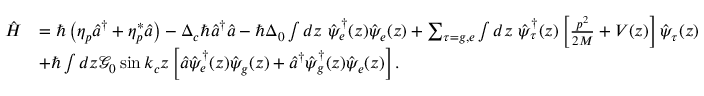
\begin{array} { r l } { \hat { H } } & { = \hbar \left( \eta _ { p } \hat { a } ^ { \dagger } + \eta _ { p } ^ { * } \hat { a } \right) - \Delta _ { c } \hbar \hat { a } ^ { \dagger } \hat { a } - \hbar \Delta _ { 0 } \int d z \ \hat { \psi } _ { e } ^ { \dagger } ( z ) \hat { \psi } _ { e } ( z ) + \sum _ { \tau = g , e } \int d z \ \hat { \psi } _ { \tau } ^ { \dagger } ( z ) \left[ \frac { p ^ { 2 } } { 2 M } + V ( z ) \right] \hat { \psi } _ { \tau } ( z ) } \\ & { + \hbar \int d z \mathcal { G } _ { 0 } \sin k _ { c } z \left[ \hat { a } \hat { \psi } _ { e } ^ { \dagger } ( z ) \hat { \psi } _ { g } ( z ) + \hat { a } ^ { \dagger } \hat { \psi } _ { g } ^ { \dagger } ( z ) \hat { \psi } _ { e } ( z ) \right] . } \end{array}